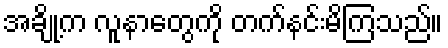
အချို့က လူနာတွေကို တက်နင်းမိကြသည်။